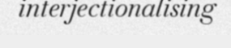
interjectionalising